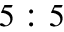
5 : 5